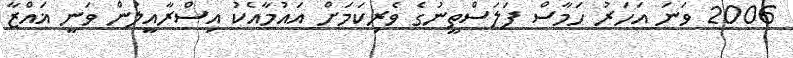
2006 ވަނަ އަހަރު ހަމާސް ފަލަސްތީނުގެ ވެރިކަމަށް އައުމާއެކު އިސްރާއީލުން ވަނީ ޣައްޒާ